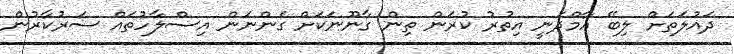
ދައުލަތަށް ލިބޭ އާމްދަނީ އިތުރު ކުރަން ތިން ގާނޫނަކަށް ގެންނަން އިސްލާހުތައް ސަރުކާރުން